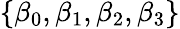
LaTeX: \{ \beta_{0},\beta_{1},\beta_{2},\beta_{3}\}